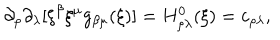
\partial _ { \rho } \partial _ { \lambda } [ \xi ^ { \beta } \xi ^ { \mu } g _ { \beta \mu } ( \xi ) ] = H _ { \rho \lambda } ^ { 0 } ( \xi ) = c _ { \rho \lambda } ,